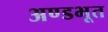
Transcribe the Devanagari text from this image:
अण्डभूत